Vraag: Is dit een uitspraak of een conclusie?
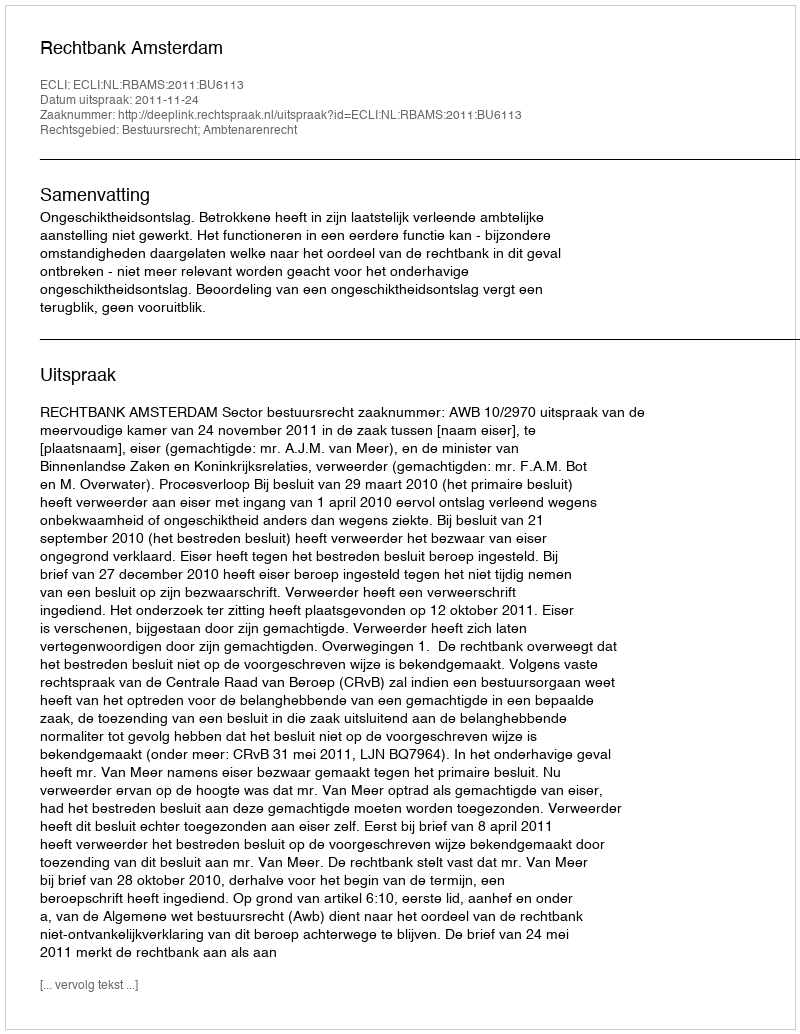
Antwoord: Uitspraak